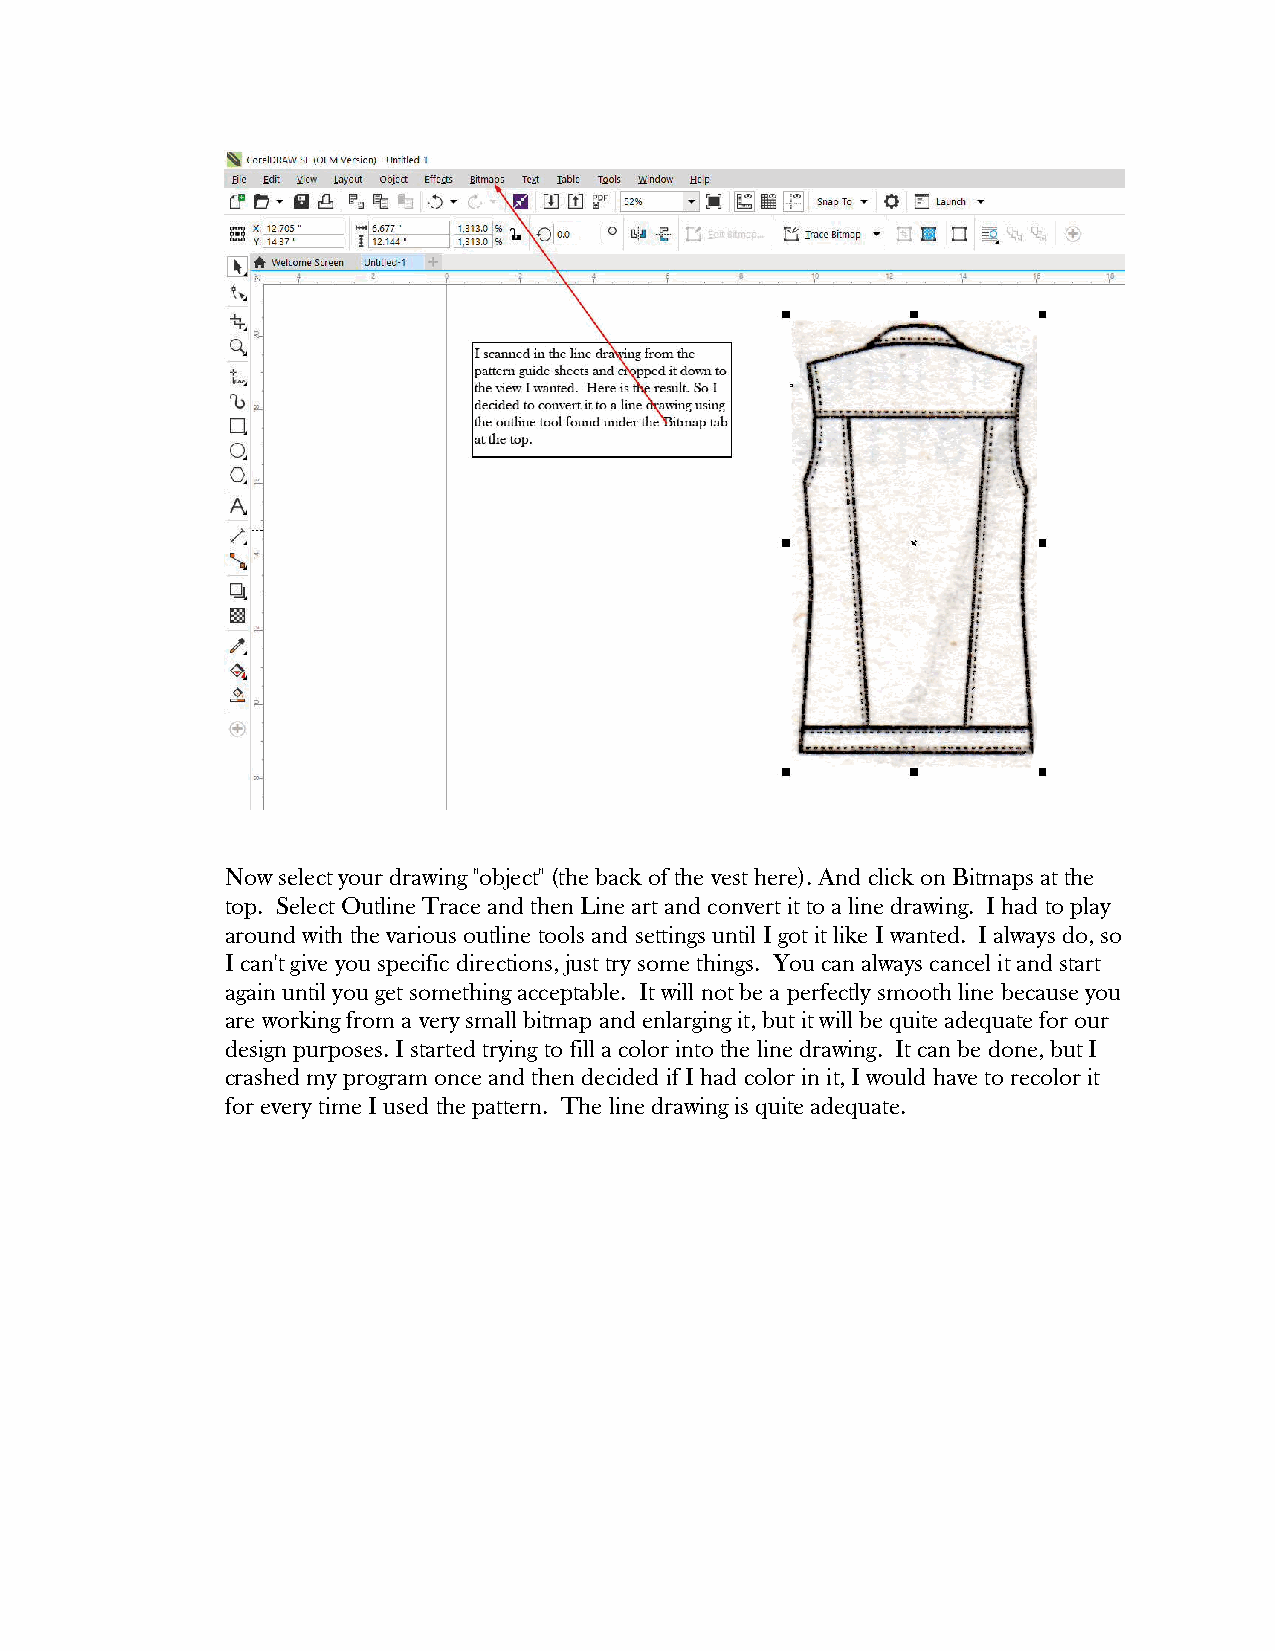
Now select your drawing "object" (the back of the vest here). And click on Bitmaps at the
 top. Select Outline Trace and then Line art and convert it to a line drawing. I had to play
 around with the various outline tools and settings until I got it like I wanted. I always do, so
 I can't give you specific directions, just try some things. You can always cancel it and start
 again until you get something acceptable. It will not be a perfectly smooth line because you
 are working from a very small bitmap and enlarging it, but it will be quite adequate for our
 design purposes. I started trying to fill a color into the line drawing. It can be done, but I
 crashed my program once and then decided if I had color in it, I would have to recolor it
 for every time I used the pattern. The line drawing is quite adequate.